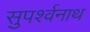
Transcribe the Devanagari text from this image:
सुपर्श्‍वनाथ